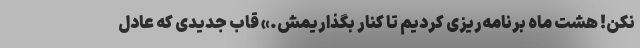
نکن! هشت ماه برنامه‌ریزی کردیم تا کنار بگذاریمش.» قاب جدیدی که عادل